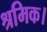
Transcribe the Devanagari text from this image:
श्रमिक।